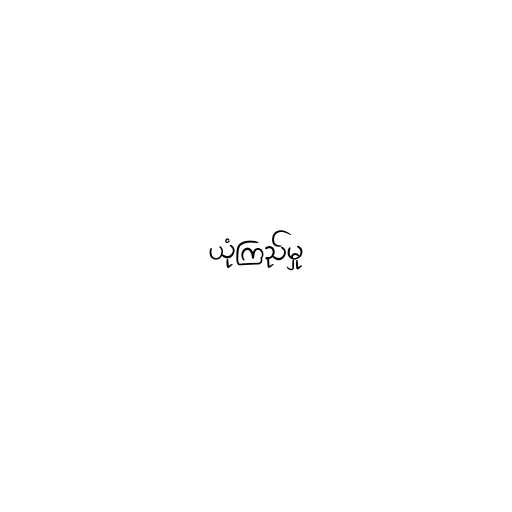
ယုံကြည်မှု